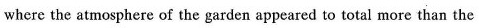
where the atmosphere of the garden appeared to total more than the